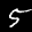
Label: 5